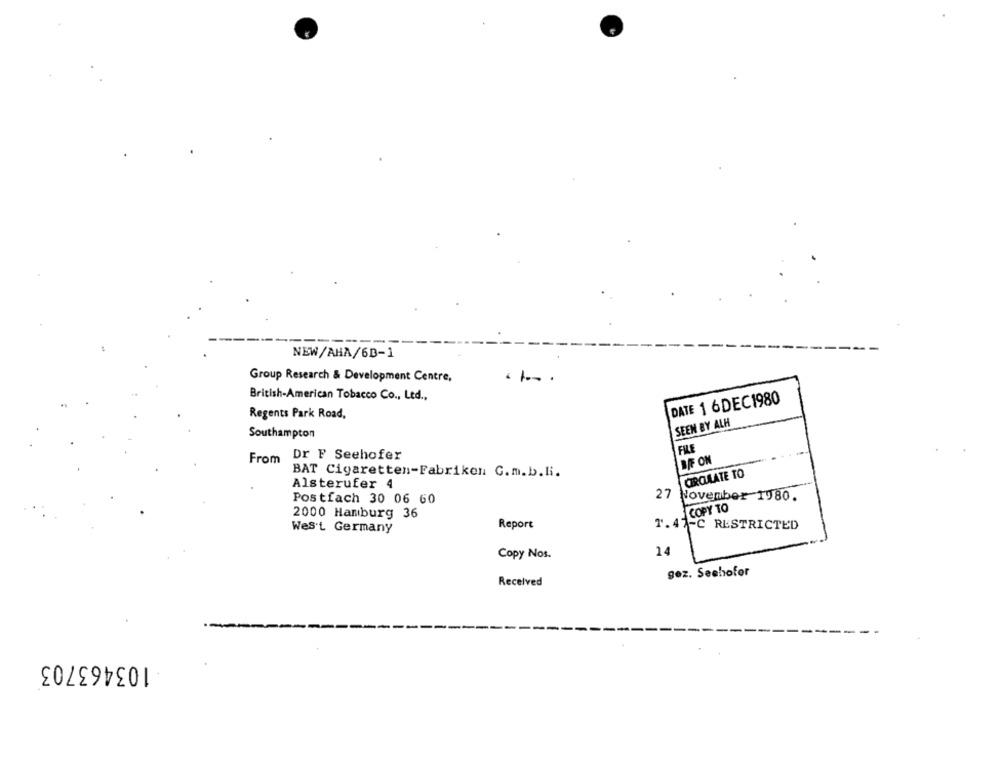
NEW/AHA/6B-1
Group Research & Development Centre,
British-American Tobacco Co ., Ltd .,
DATE 1 6DEC1980
Regents Park Road,
SEEN BY ALH
Southampton
FILE
Dr F Seehofer
From
BE ON
BAT Cigaretten-Fabriken C.m.b.H.
CIRCULATE TO
Alsterufer 4
27
November 1980.
Postfach 30 06 60
COPY TO
2000 Hamburg 36
Report
1.47-C RESTRICTED
West Germany
Copy Nos.
14
gez. Seehofer
Received
103463703